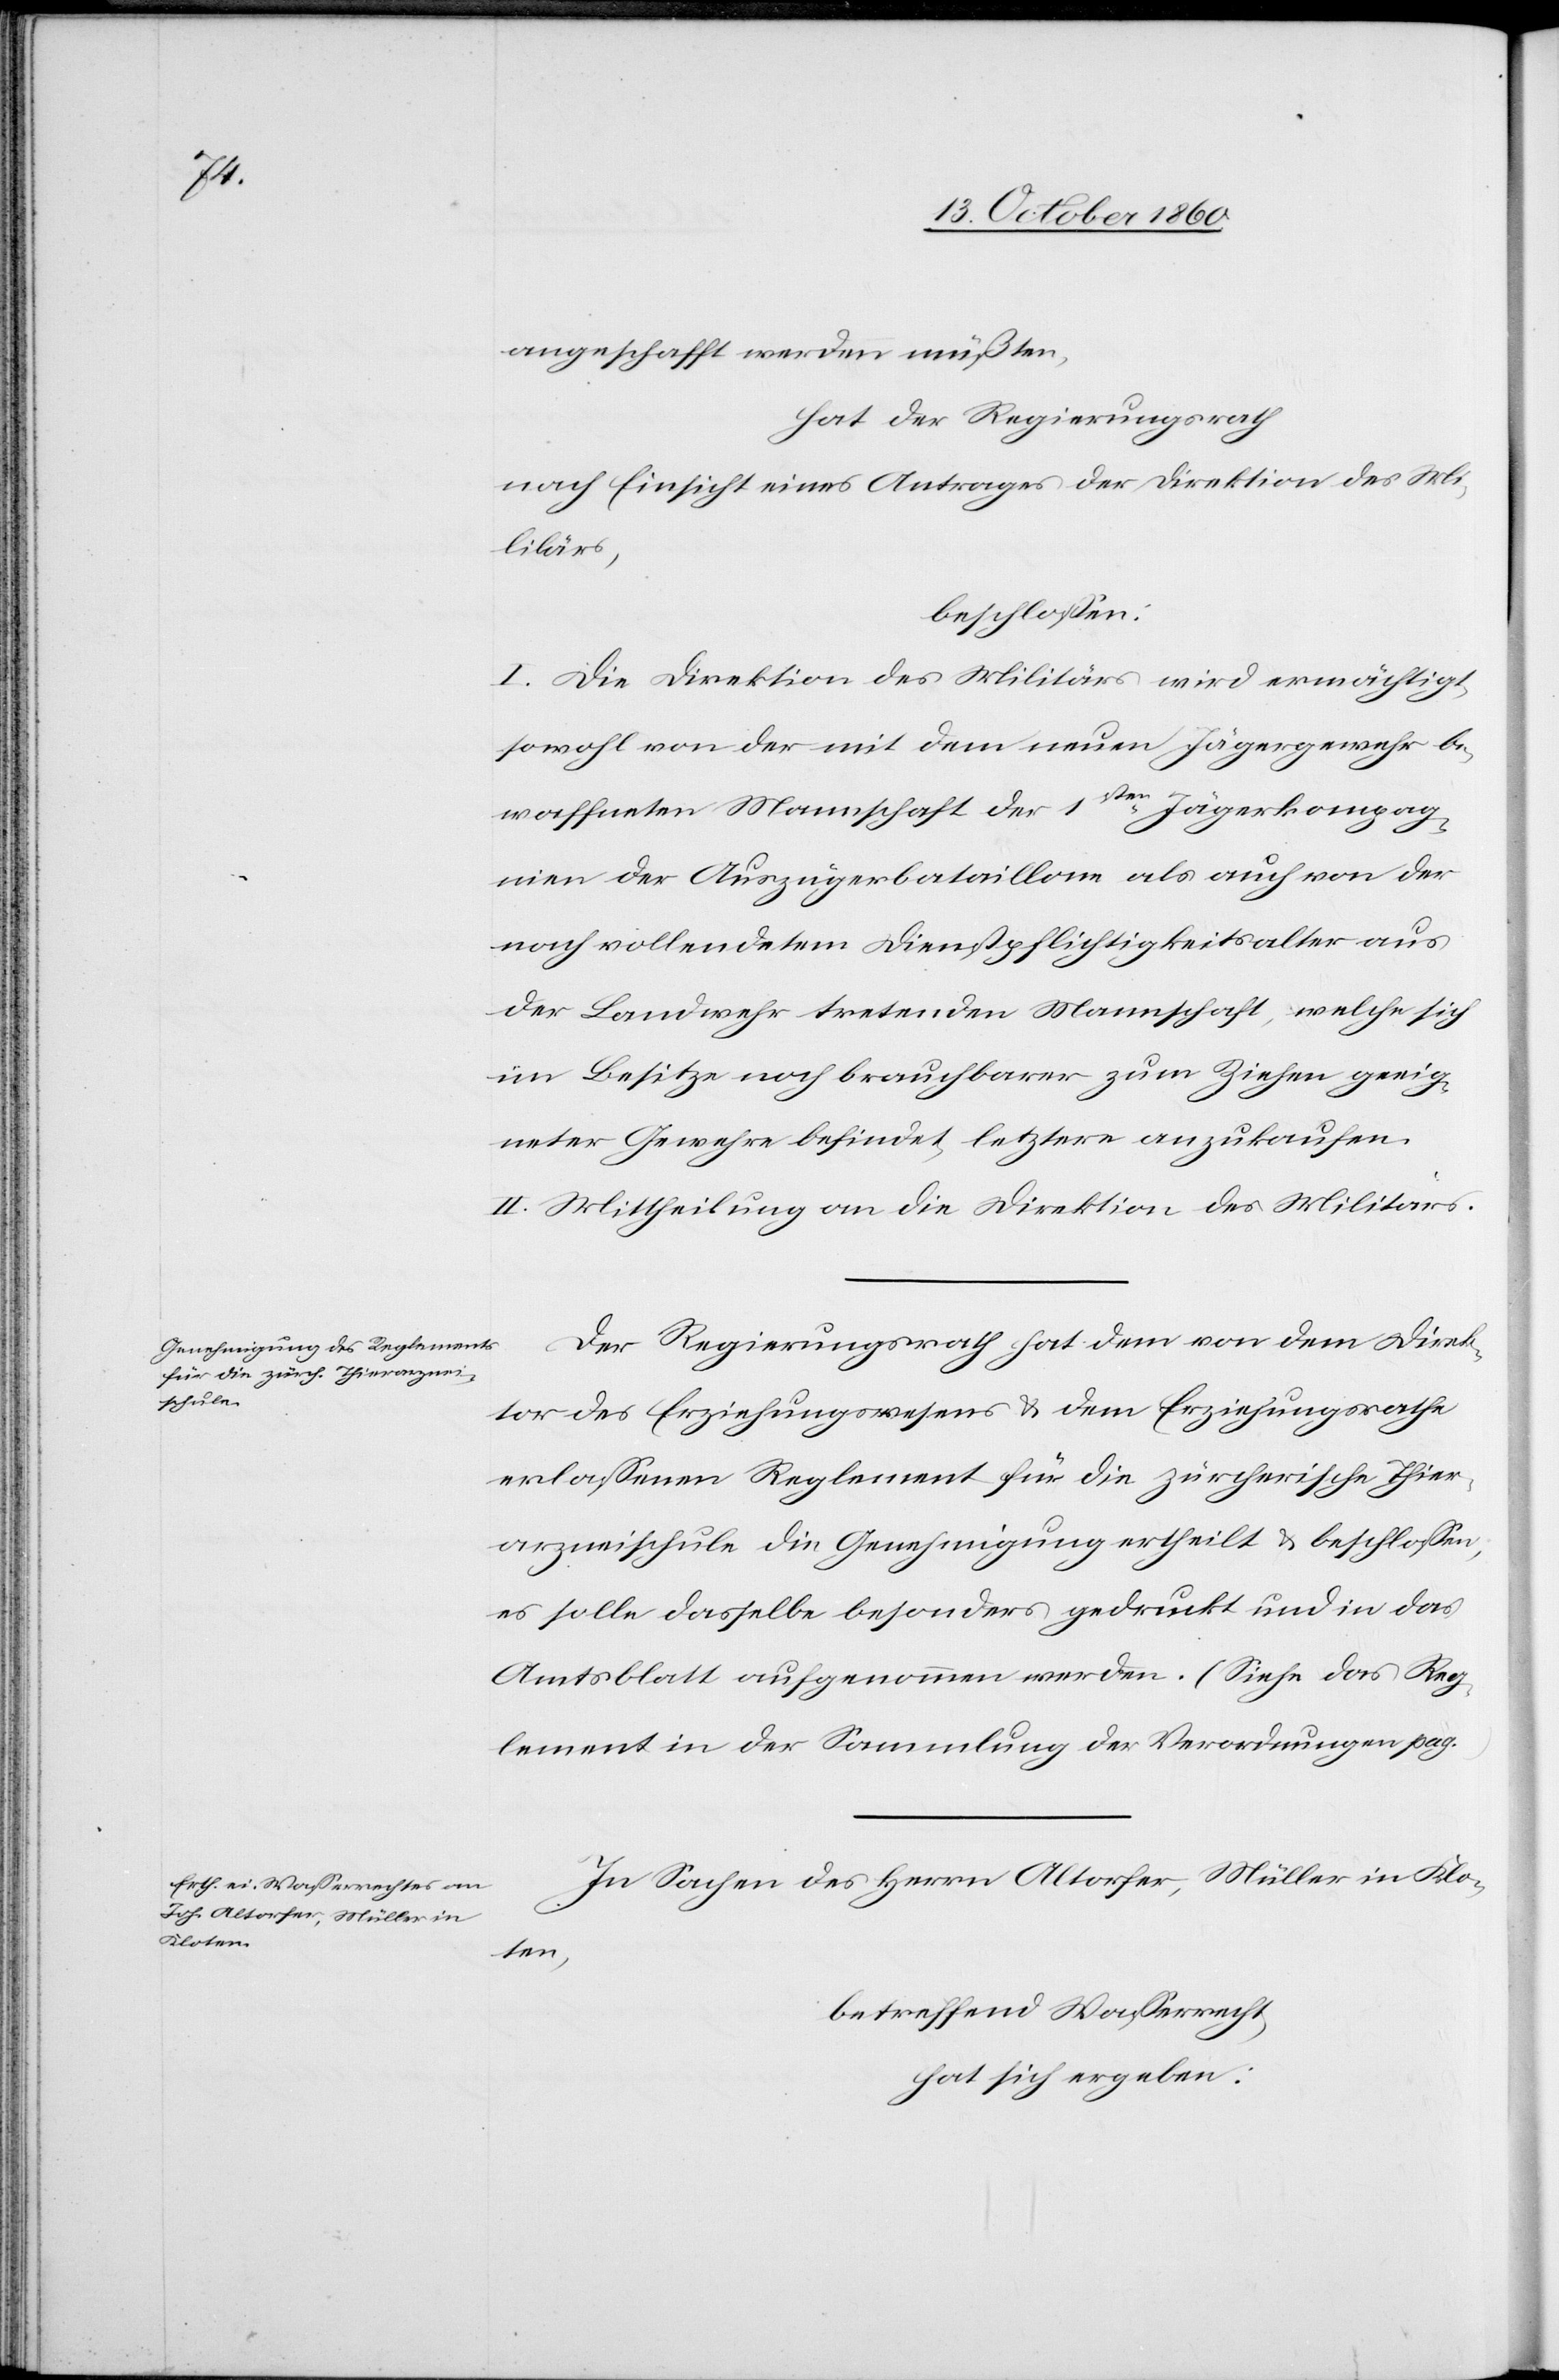
angeschafft werden müßten,
hat der Regierungsrath
nach Einsicht eines Antrages der Direktion des Mi¬
litärs,
beschlossen:
I. Die Direktion des Militärs wird ermächtigt,
sowohl von der mit dem neuen Jägergewehr be¬
waffneten Mannschaft der 1sten Jägerkompagn¬
ien der Auszügerbataillone als auch von der
nach vollendeten Dienstpflichtigkeitsalter aus
der Landwehr tretenden Mannschaft, welche sich
im Besitze noch brauchbarer zum Ziehen geeig¬
neter Gewehre befindet, letztere anzukaufen.
II. Mittheilung an die Direktion des Militärs.
Der Regierungsrath hat dem von dem Direk¬
tor des Erziehungswesens u. dem Erziehungsrathe
erlassenen Reglement für die zürcherische Thier¬
arzneischule die Genehmigung ertheilt u. beschlossen,
es solle dasselbe besonders gedruckt und in das
Amtsblatt aufgenommen werden. (Siehe das Reg¬
lement in der Sammlung der Verordnungen pag.
In Sachen des Herrn Altorfer, Müller in Klo¬
ten,
betreffend Wasserrecht,
hat sich ergeben: